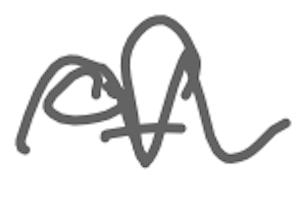
Text: of
Cross-out: wave
Writing tool: digital_gray